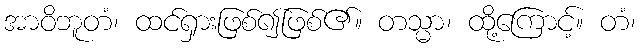
အာဝိဘူတံ၊ ထင်ရှားဖြစ်၍ဖြစ်၏။ တသ္မာ၊ ထို့ကြောင့်။ တံ၊